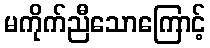
မကိုက်ညီသောကြောင့်